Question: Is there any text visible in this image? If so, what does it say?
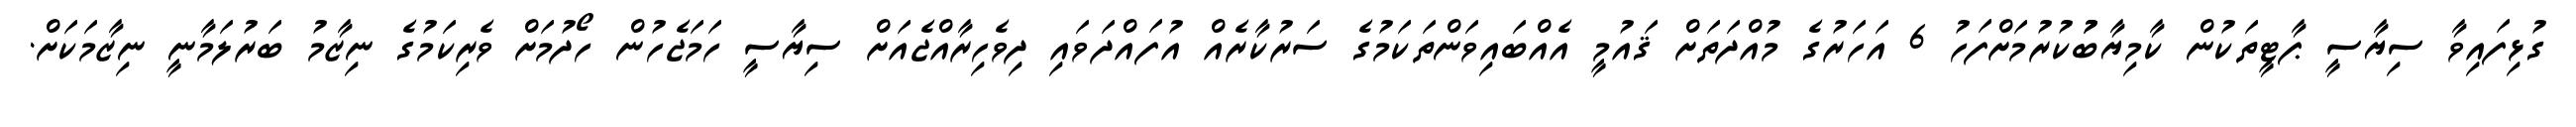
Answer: ގުޅިފައިވާ ސިޔާސީ ޕާޓީތަކުން ކާމިޔާބުުކުރުމަށްފަހު 6 އަހަރުގެ މުއްދަތަށް ޤައުމީ އެއްބައިވަންތަކަމުގެ ސަރުކާރެއް އުފައްދަވައި ދިވެހިރާއްޖެއަށް ސިޔާސީ ހަމަޖެހުން ހޯދުމަށް ވެރިކަމުގެ ނިޒާމު ބަރުލަމާނީ ނިޒާމަކަށް.